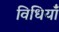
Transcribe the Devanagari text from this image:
विधियाँं